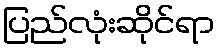
ပြည်လုံးဆိုင်ရာ